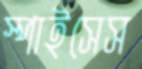
স্পাইসেস